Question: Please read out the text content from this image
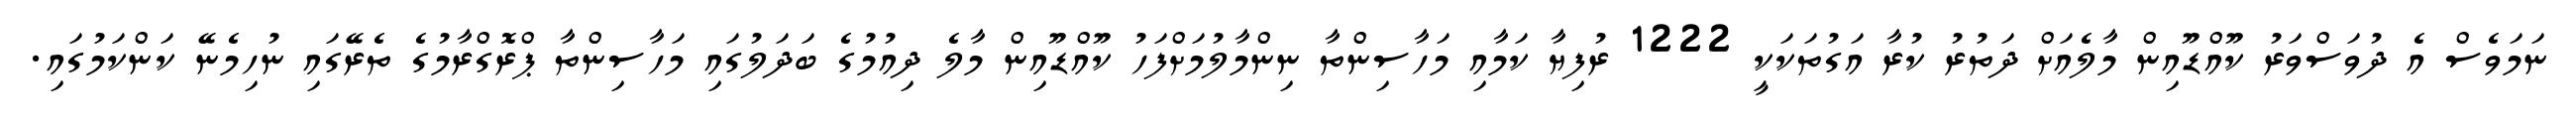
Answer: ނަމަވެސް އެ ދުވަސްވަރު ކޫއްޑޫއިން މާލެއަށް ދަތުރު ކުރާ އަގުތަކަކީ 1222 ރުފިޔާ ކަމާއި މަހާސިންތާ ނިންމާލުމަށްފަހު ކޫއްޑޫއިން މާލެ ދިއުމުގެ ބަދަލުގައި މަހާސިންތާ ޕްރޮގްރާމުގެ ތެރޭގައި ނުހިމެނޭ ކަންކަމުގައި.